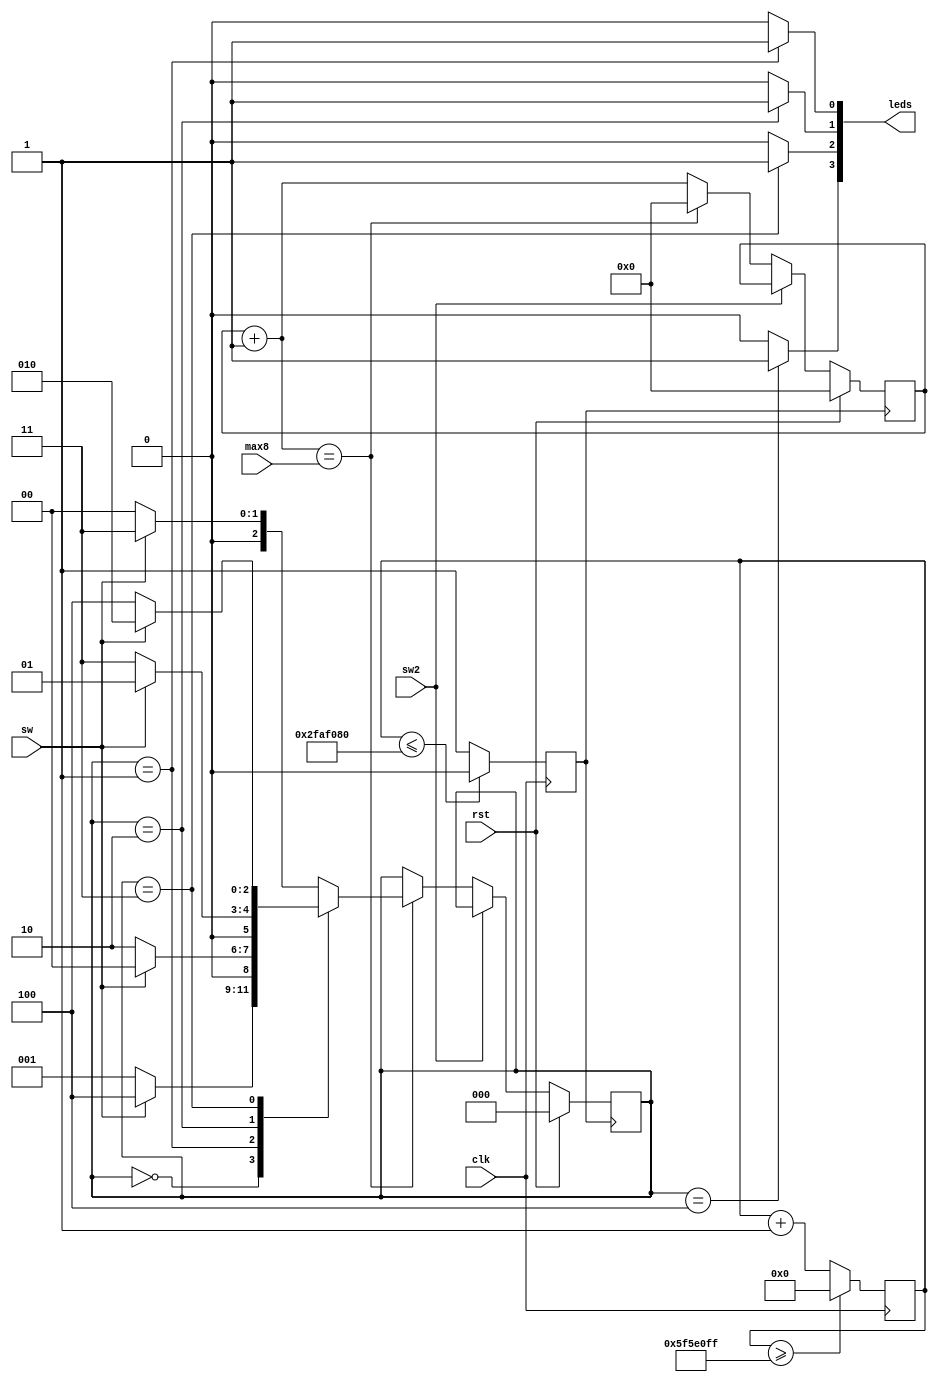
`timescale 1ns / 1ps
module task3(clk, rst, sw, sw2, max8, leds);
input clk,rst;
input sw, sw2;
input wire [7:0]max8;					
output [3:0] leds;
wire clkout;
wire [30:0]counter;
reg [2:0]state;
reg clko;
reg [30:0]con;
reg[7:0] count8;

always @(posedge clk)
begin
    con<=0;
//	if(rst)
//		  begin
//			con<= 0;
//		  end
//	else
//		begin
			if(con>=99999999)
				con <= 0;
			else
				con <= con+1;
//        end
    if(con<=50000000)
             begin
                  clko = 0;
             end
        else
             begin
                   clko = 1;
             end
     end

assign counter=con;
assign clkout=clko;

always @(posedge clkout)
begin   
    if(rst)
        begin
            state <= 3'b000;
            count8 <= 0;
        end
    else
    begin
      if(sw2==0)
      begin
      count8=count8+1;
             if(count8==max8)
                   begin
                       case(state)
                       3'b000: state <= (sw==1'b0) ? 3'b001 : 3'b100;
                       3'b001: state <= (sw==1'b0) ? 3'b010 : 3'b000;
                       3'b010: state <= (sw==1'b0) ? 3'b011 : 3'b001;
                       3'b011: state <= (sw==1'b0) ? 3'b100 : 3'b010;
                       default: state <= (sw==1'b0) ? 3'b000 : 3'b011;
                       endcase
                       count8<=0;
                    end                  
	    end
	    else
	       begin
	       count8 <= count8;
	       state <= state;
	       end
	 end
end
assign leds[3]=(state==3'b100)? 1'b1:1'b0;
assign leds[2]=(state==3'b011)? 1'b1:1'b0;
assign leds[1]=(state==3'b010)? 1'b1:1'b0;
assign leds[0]=(state==3'b001)? 1'b1:1'b0;

endmodule